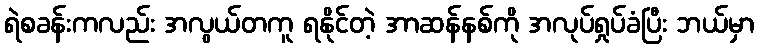
ရဲစခန်းကလည်း အလွယ်တကူ ရနိုင်တဲ့ အာဆန်နစ်ကို အလုပ်ရှုပ်ခံပြီး ဘယ်မှာ